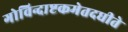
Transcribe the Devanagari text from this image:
गोविन्दाष्टकमेतदधीते